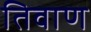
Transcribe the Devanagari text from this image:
तिवाण